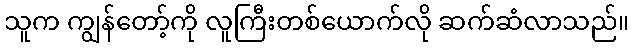
သူက ကျွန်တော့်ကို လူကြီးတစ်ယောက်လို ဆက်ဆံလာသည်။